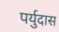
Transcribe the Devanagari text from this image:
पर्युदास